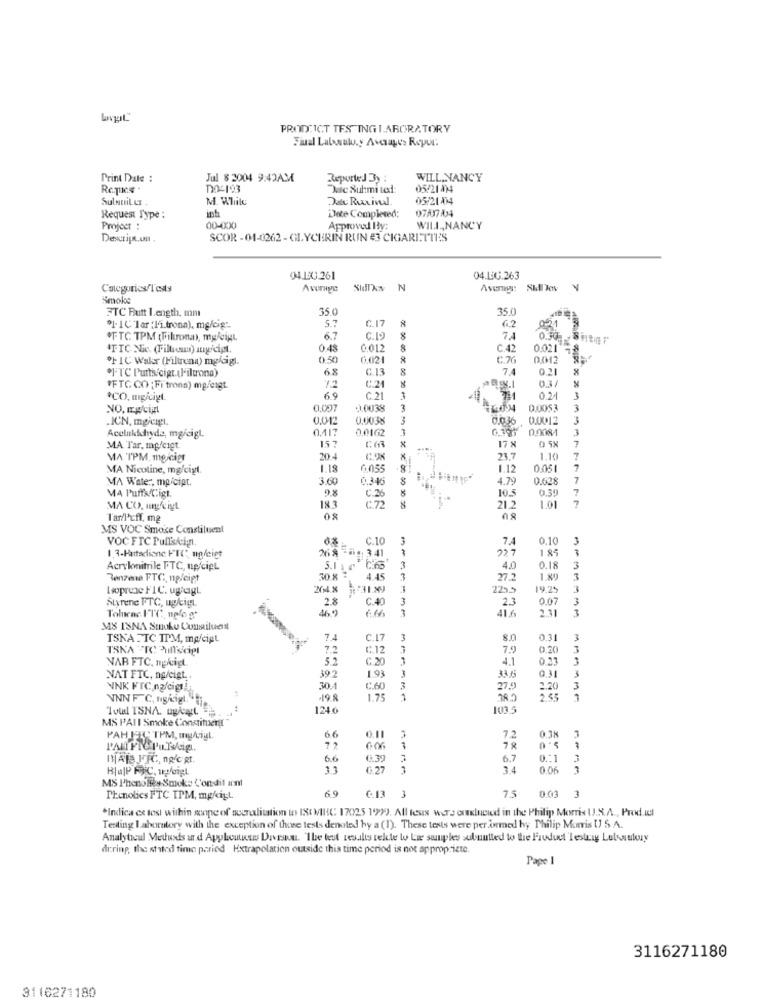
PROD ICT TES INGLABORATORY
Fiual Latosuly Averages Repu:
Print Date :
Jul 8 3004 9:42AM
Reported By :
WILL, NANCY
Rc.T'es .
DO-193
Dac Suhmi tet:
05/21 414
Sulanit L
M. While
Daty Rurivul.
05/21414
Dete Completed:
07/07/24
Request Type :
inh
Projeer :
00-000
Approved By:
WILL,NANCY
SCOR - 01-0262 - GLYCERIN RUIN #3 CIGARETTES
04.10.261
04.10.263
Categories/Tests
Average
Sidixx N
Average: SMl Jov
Smoke
35.0
FTC Butt Length. mm
8
62
01- 1℃'lar :l'i.trona). mg/cig ;-
5.7
C.17
0-21
.TTC TPM ( Fikronan), muligt.
6.7
C.19
7.4
IFTC Nic. (Tillcm) any/cipt.
0.48
0.012
8
C.42
0.021 -8
"F1C Wakr (Filtrena) mylaigl.
0.50
1.02
C.76
0012
"]'TC Purts'cigt. (l'iltrona)
6.8
C.13
8
7.
0.21
03/
"FTC CO : Fi'tronn) mg/eigt
12
*CO, mg/cigt
6.9
C.21
4.7
0.24
3
NO, mpcigt
0.007
1.0039
3
0.0053
3
.KUN, mgicigt
0.012
0.0038
3
0.036
0.0012
-
0.0162
1
6.19h
0,9084
3
Acelnkichyda, mg/cigt.
15?
17 %
7
MA Tar, mg/cigt.
MA TPM, mgicigr
20 4
21.
1.10
7
MA Nicoline, mg/cigt.
1.18
6.055
1.12
0.05
7
MA Water, mp/cipt.
3.60
0.346
4.79
0.628
7
MA Puffs Cigt.
9.8
10.5
0.39
7
C.2
7
MA CO, mggf ist
183
C.72
21.2
1.01
Tar/l'eff, mg
08
MS VOC Smoke Constituent
VOC FTC Pulls/cin
C.10
7.
0.10
3
268-4. 341
227
185
3
1,3-Hatadione FTC, ugfeigt
Acrylomnitrile PTC, up/cipt
5.11 ⑈
3
4.0
0.18
3
Renzma FTC, no/cipt
30.8 3
4.45
3
27.2
1.80
3
bsoprene FIC. ughcgt.
204.X
31.89
225.5
19.25
3
Styrene FTC, ugbig
28
C.40
3
2.3
0.07
3
46.9
3
416
211
3
Tolucac FTC, nolo gt
M8 18NA Stoke Cuniluent
TSNAFTC ITM, mp/cipt
7.4
C.17
3
8.0
0.31
3
TSKA TO Pullscigt
C.12
7.9
0.20
3
NAB FTC, ngkigt
5.2
C.20
4.1
392
1.93
3
NAT FTC, ng/cigt.
33.6
0.31
NNK FTC,nocig
30-1
C.60
3
27.9
2.20
3
VNN F C, nigirigt.
-198
1.75
1
38.2
2.55
1
Total ISNA, uglyt.
124.6
MS PAII Smoke Constitueril
PAH IT( TPM, myligt.
6.6
7.2
0.38
78
6.6
6.39
6.7
0 .: 1
3.1
G 27
3.4
0.06
3
MS Phenolfes Smoke Condit innl
6.9
75
Phenolics FTC TPM, mg/cist
C.13 3
0.03 3
*Indica ex tesi within scope of accreditation to ISt MHC 17025 1999. All teus wers erluciod in the Philip Morris U.S.A ., Prod il
Testing laboratory with the exception of those tests denoted by a (1). These tests were performed by Philip Morris U S A.
Analytical Metuss and Appleunses Divistu. The test results telte to Li sunples subuntied to the Fiduct Testrig Lubiutory
during, the shied time paried Extrapolation outside this time period is not appropriate.
Page 1
3116271180
3116271180